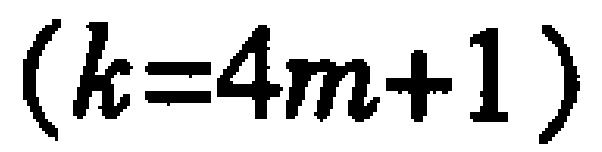
\((k = 4m + 1)\)